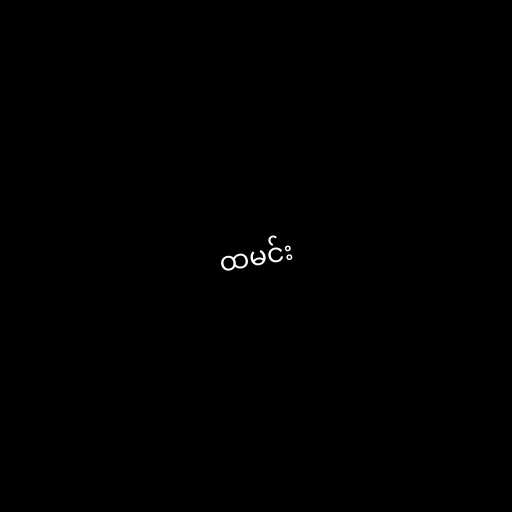
ထမင်း